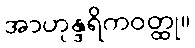
အာဟုန္ဒရိကဝတ္ထု။